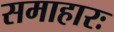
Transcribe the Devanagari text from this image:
समाहारः